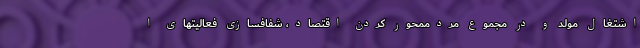
اشتغال مولد و در مجموع مردممحور کردن اقتصاد، شفافسازی فعالیتهای ا